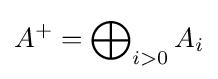
A^{+}=\bigoplus \nolimits _{i>0}A_{i}